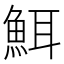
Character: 𮫸